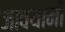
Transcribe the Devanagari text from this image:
जावयांनी